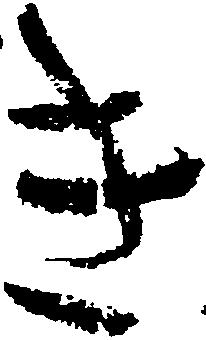
き